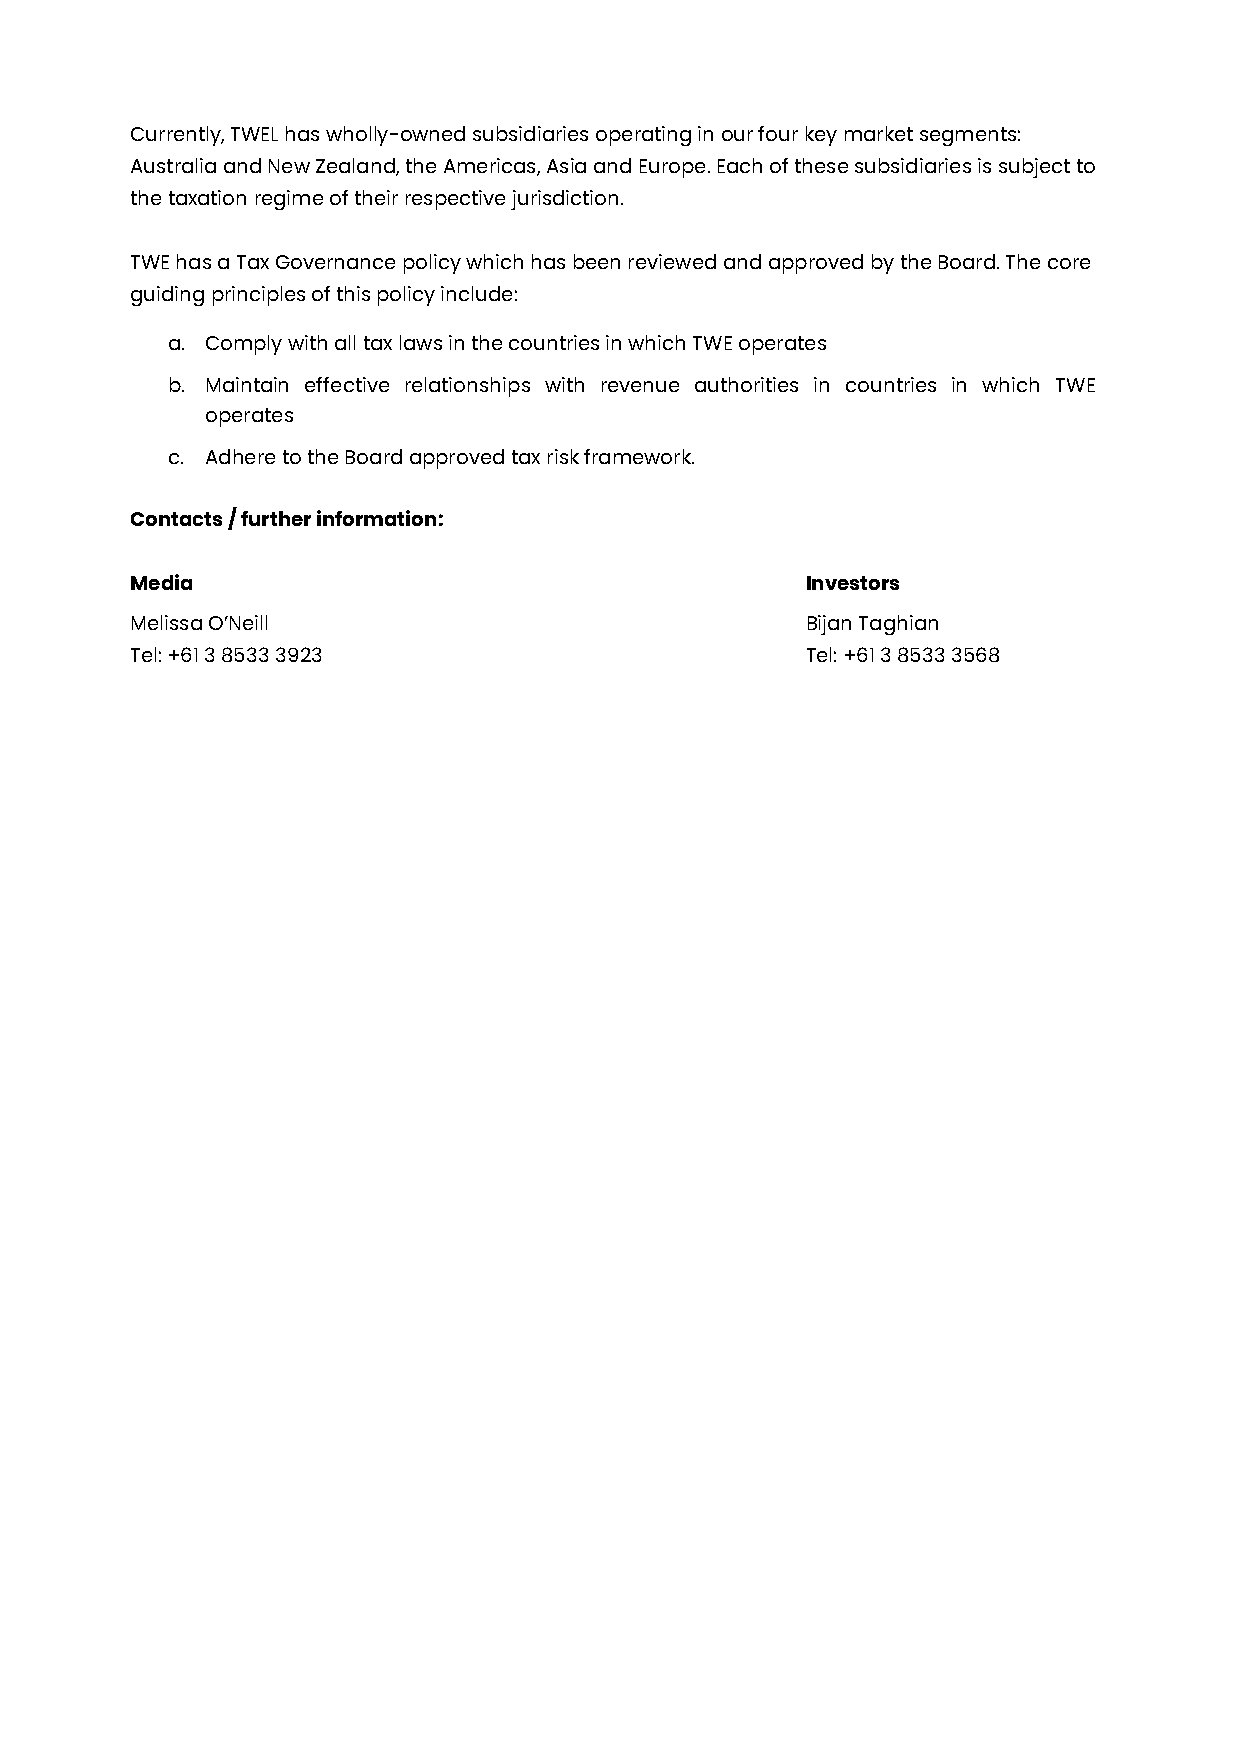
Currently, TWEL has wholly-owned subsidiaries operating in our four key market segments:
 Australia and New Zealand, the Americas, Asia and Europe. Each of these subsidiaries is subject to
 the taxation regime of their respective jurisdiction.
 TWE has a Tax Governance policy which has been reviewed and approved by the Board. The core
 guiding principles of this policy include:
 a. Comply with all tax laws in the countries in which TWE operates
 b. Maintain effective relationships with revenue authorities in countries in which TWE
 operates
 c. Adhere to the Board approved tax risk framework.
 Contacts / further information:
 Media                                       Investors
 Melissa O’Neill                             Bijan Taghian
 Tel: +61 3 8533 3923                        Tel: +61 3 8533 3568